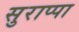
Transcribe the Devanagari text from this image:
सुराप्पा